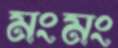
মংমং